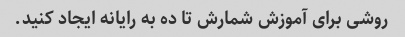
روشی برای آموزش شمارش تا ده به رایانه ایجاد کنید.